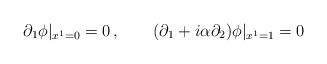
LaTeX: \begin{align*}\partial_1 \phi |_{x^1=0}=0 \,,\qquad(\partial_1 +i\alpha \partial_2 )\phi |_{x^1=1}=0 \end{align*}